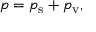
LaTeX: p = p _ { \mathrm { s } } + p _ { \mathrm { v } } ,